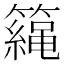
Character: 𥶀